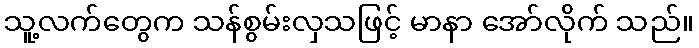
သူ့လက်တွေက သန်စွမ်းလှသဖြင့် မာနာ အော်လိုက် သည်။